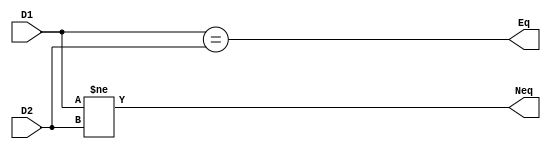
`timescale 1ns / 1ps
//////////////////////////////////////////////////////////////////////////////////
// Company: 
// Engineer: 
// 
// Design Name: 
// Module Name:    CMP 
// Project Name: 
// Target Devices: 
// Tool versions: 
// Description: 
//
// Dependencies: 
//
// Revision: 
// Revision 0.01 - File Created
// Additional Comments: 
//
//////////////////////////////////////////////////////////////////////////////////
module CMP(
    input [31:0] D1,
    input [31:0] D2,
    output Eq,
	output Neq
    );
	
	assign Eq = (D1 == D2);
	assign Neq = (D1 != D2);


endmodule